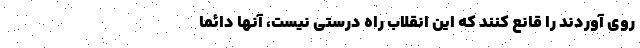
روی آوردند را قانع کنند که این انقلاب راه درستی نیست، آنها دائماً